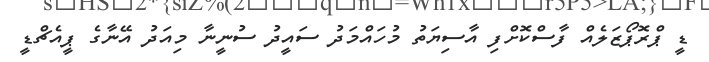
ޑީ ޕްރޮޕޯޒަލެއް ފާސްކޮށްފި އާސިޔަތު މުހައްމަދު ސައީދު ސުނީނާ މިއަދު އޭނާގެ ޕީއެޗްޑީ